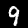
Label: 9